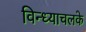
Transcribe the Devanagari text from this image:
विन्ध्याचलके